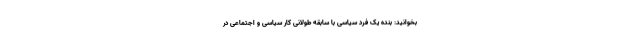
بخوانید: بنده یک فرد سیاسی با سابقه طولانی کار سیاسی و اجتماعی در